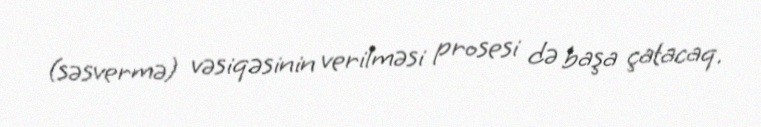
(səsvermə) vəsiqəsinin verilməsi prosesi də başa çatacaq.